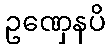
ဥဏှေနပိ